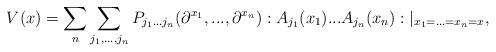
LaTeX: \begin{align*}V(x)=\sum_{n}\sum_{j_{1},...,j_{n}}P_{j_{1}...j_{n}}(\partial^{x_{1}},...,\partial^{x_{n}}):A_{j_{1}}(x_{1})...A_{j_{n}}(x_{n}):|_{x_{1}=...=x_{n}=x},\end{align*}